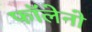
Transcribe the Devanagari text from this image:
फॉलेनो